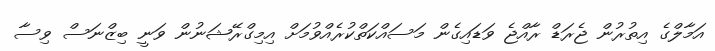
އަމާލްގެ އިތުރުން ޖެރަޑް ރާއްޖެ ވަޑައިގެން މަސައްކަތްކުރެއްވުމަށް އިމިގްރޭޝަނުން ވަނީ ބިޒްނަސް ވިސާ